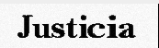
Justicia